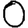
Digit: 0